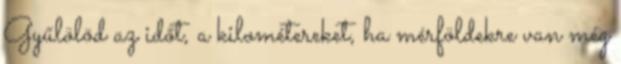
Gyűlölöd az időt, a kilométereket, ha mérföldekre van még